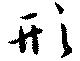
形